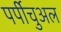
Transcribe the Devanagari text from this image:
पर्पीचुअल